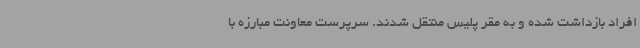
افراد بازداشت شده و به مقر پلیس منتقل شدند. سرپرست معاونت مبارزه با